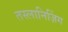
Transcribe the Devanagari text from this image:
तस्लानिज़िंग